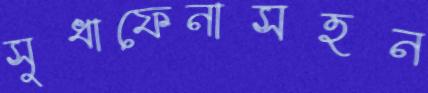
সুধাফেনাসহন